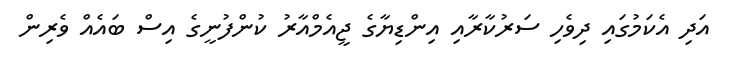
އަދި އެކަމުގައި ދިވެހި ސަރުކާރާއި އިންޑިޔާގެ ޖީއެމްއާރު ކުންފުނީގެ އިސް ބައެއް ވެރިން